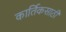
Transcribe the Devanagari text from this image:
कार्तिकसाठी